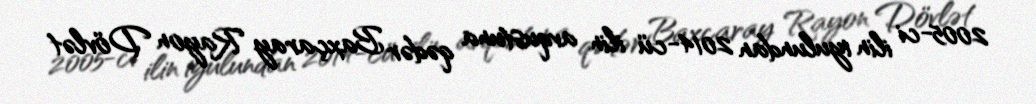
2005-ci ilin iyulundan 2014-cü ilin avqustuna qədər Baxçaray Rayon Dövlət